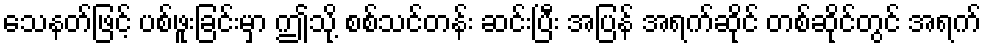
သေနတ်ဖြင့် ပစ်ဖူးခြင်းမှာ ဤသို့ စစ်သင်တန်း ဆင်းပြီး အပြန် အရက်ဆိုင် တစ်ဆိုင်တွင် အရက်